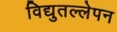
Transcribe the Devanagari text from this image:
विद्युतल्लेपन